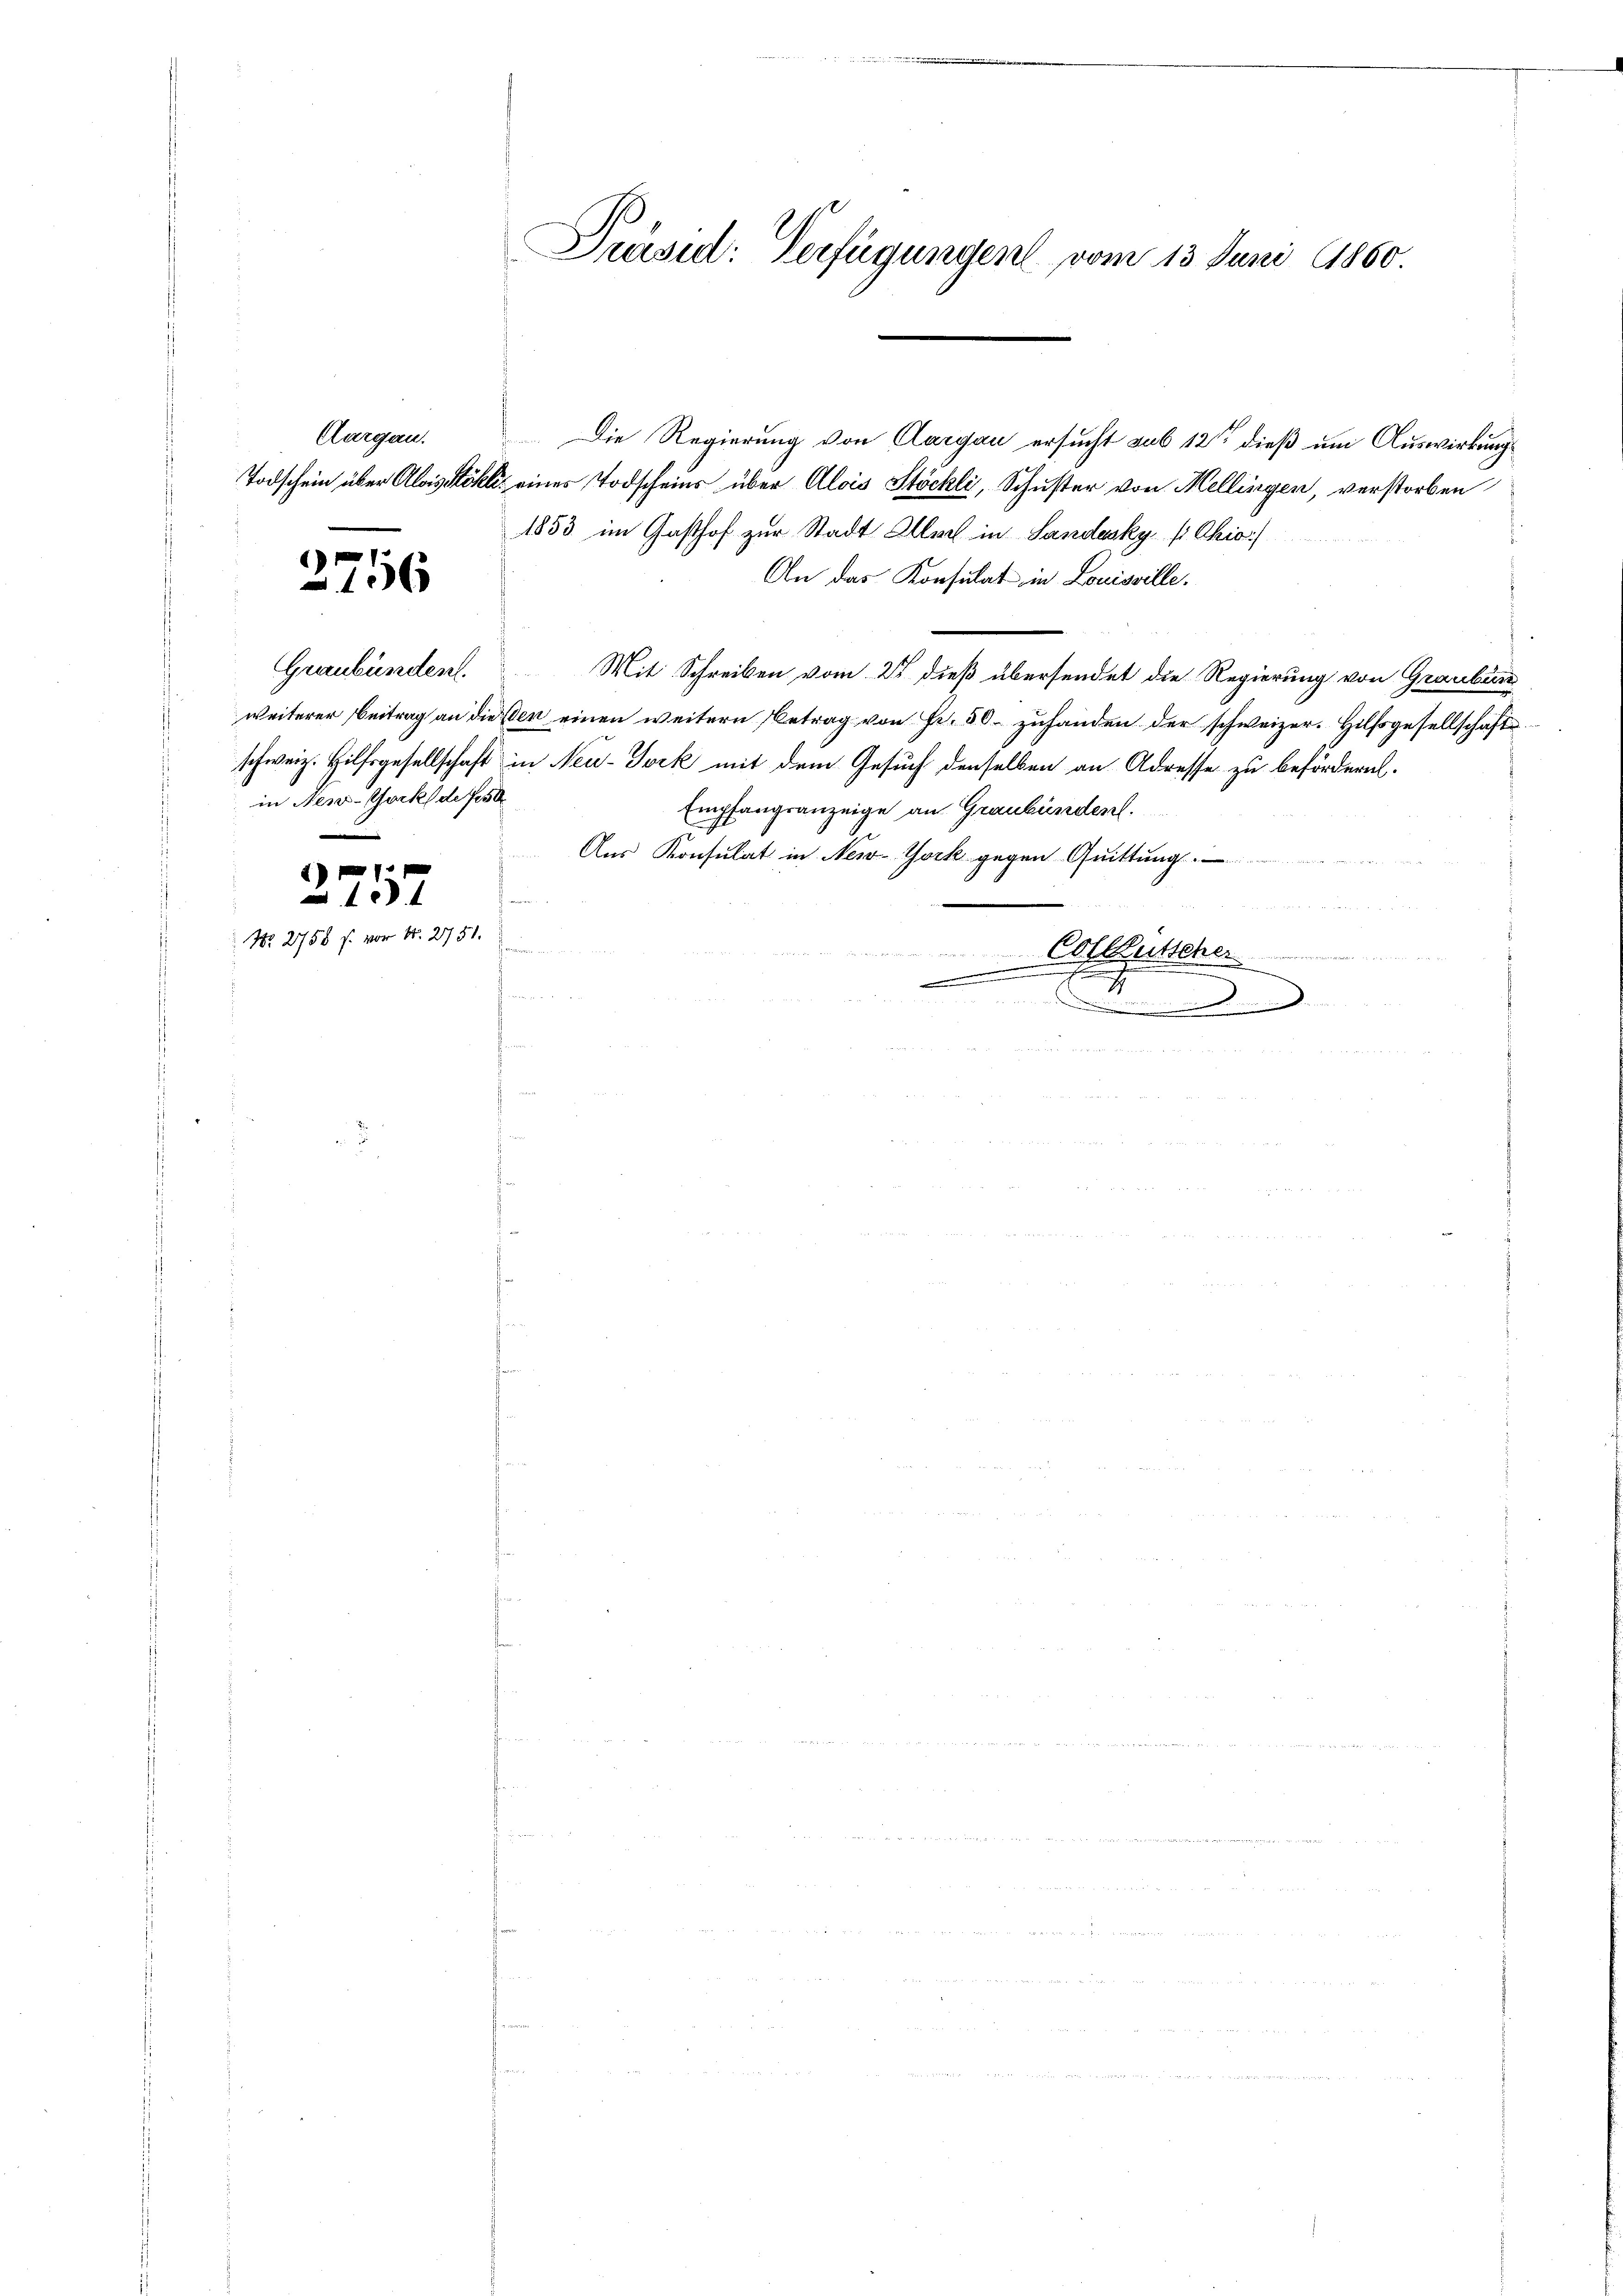
Aargau.

)
n

Graubünden.
in New-York de fest

1
106

2717
No 2758 f. vor N. 27:

Die Regierung von Aargau ersucht aus 12 dieß um Auswirkung
Todschein über Alois Köhle eines Todscheins über Alois Stöckli, Schuster von Mellingen, verstorben
1853 im Gasthof zur Stadt Aller in Sandesky p Ckio)
An das Konsulat in Louisville
Mit Schreiben vom 21 dieß übersendet die Regierung von Graubün
weiterer Beitrag an diesen einen weitern Betrag von Fr. 50. zuhanden der schweizer. Hilfsgesellschafte
schweiz. Hilfsgesellschaft in Neu-Tock mit dem Gesuch denselben an Adresse zu befördern.
Empfangsanzeige an Graubünden.
Aus Konsulat in New-York gegen Quittung
e
n
Colletsche
e
2
f
..........

Präsid: Verfügungen vom 13. Juni 1860.